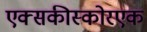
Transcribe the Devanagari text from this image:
एक्सकीस्कोरएक